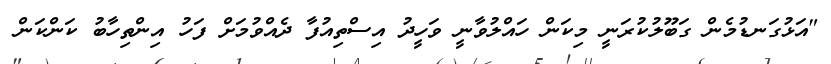
"އަޅުގަނޑުމެން ގަބޫލުކުރަނީ މިކަން ހައްލުވާނީ ވަހީދު އިސްތިއުފާ ދެއްވުމަށް ފަހު އިންތިހާބު ކަންކަން